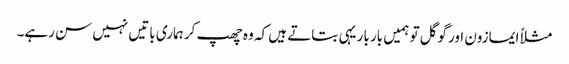
مثلاً ایمازون اور گوگل تو ہمیں بار بار یہی بتاتے ہیں کہ وہ چھپ کر ہماری باتیں نہیں سن رہے۔